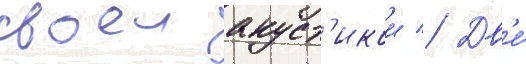
своеи акуст'икои // Дв'е́